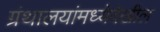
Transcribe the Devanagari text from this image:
ग्रंथालयांमध्येदेखील